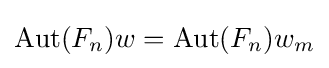
\operatorname {Aut} (F_{n})w=\operatorname {Aut} (F_{n})w_{m}